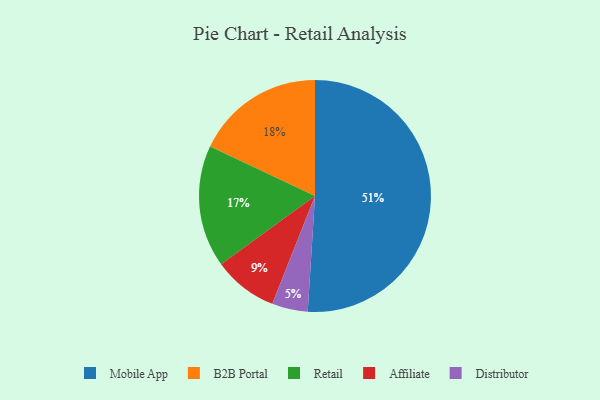
{"axis": {"x": "Category", "y": "Percentage"}, "legend": ["Affiliate", "B2B Portal", "Distributor", "Mobile App", "Retail"], "data": [{"x": "Mobile App", "y": 51, "type": "Mobile App"}, {"x": "Affiliate", "y": 9, "type": "Affiliate"}, {"x": "Distributor", "y": 5, "type": "Distributor"}, {"x": "B2B Portal", "y": 18, "type": "B2B Portal"}, {"x": "Retail", "y": 17, "type": "Retail"}]}